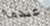
عندما